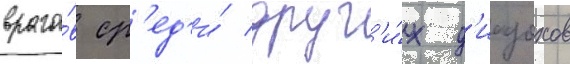
враго́в ср'ед'и́ друг'и́х д'иадохов